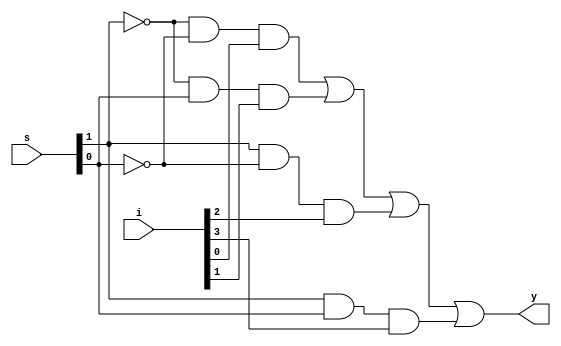
`timescale 1ns / 1ps
//////////////////////////////////////////////////////////////////////////////////
// Company: 
// Engineer: 
// 
// Design Name: 
// Module Name:    multiplexer 
// Project Name: 
// Target Devices: 
// Tool versions: 
// Description: 
//
// Dependencies: 
//
// Revision: 
// Revision 0.01 - File Created
// Additional Comments: 
//
//////////////////////////////////////////////////////////////////////////////////
module multiplexer(i,s,y);
    input [3:0]i;
    input [1:0]s;
    output y;
	 assign y = ~s[1]&~s[0]&i[0]|~s[1]&s[0]&i[1]|s[1]&~s[0]&i[2]|s[1]&s[0]&i[3];


endmodule